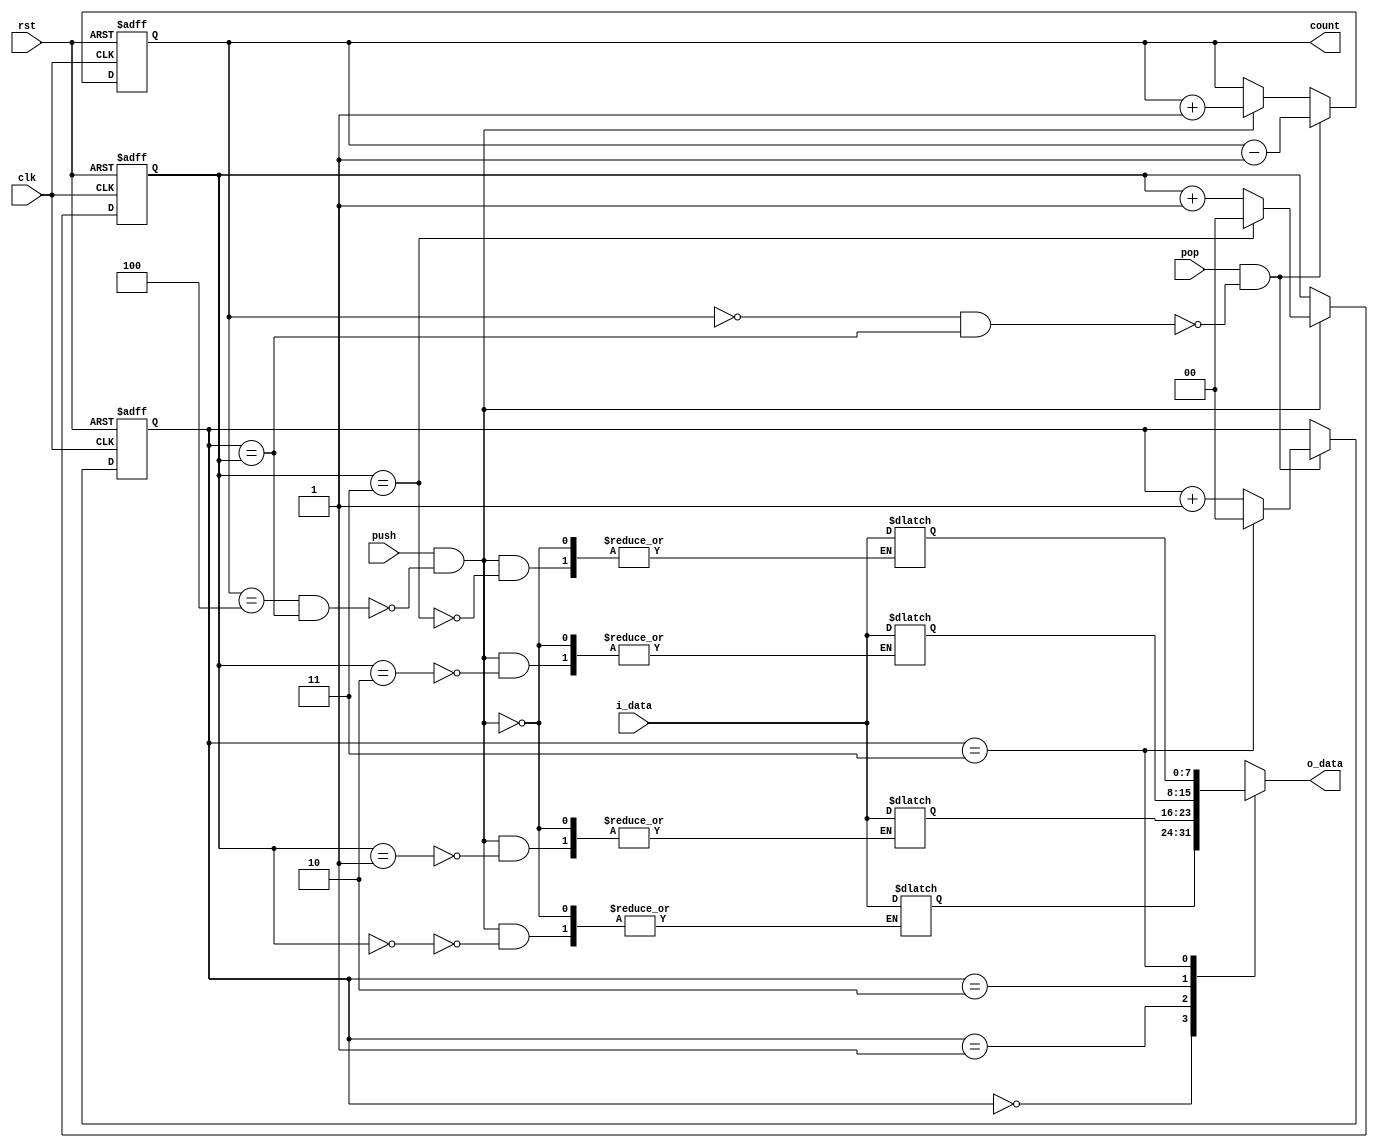
module fifo #(
   parameter DATA_WIDTH = 8,               // Width of input and output data
   parameter ADDR_EXP   = 2                // Width of our address, 
   
)(
   input clk,                           
   input rst,
   input [DATA_WIDTH - 1:0] i_data,    
   input                    push,       // Rx -> FIFO
   input                    pop,        // FIFO -> CTRL
   output  [DATA_WIDTH - 1:0] o_data,  
   output reg [ADDR_EXP:0]     count
   );

   localparam ADDR_DEPTH = 2 ** ADDR_EXP;    // FIFO depth is 2^^ADDR_EXP
   wire empty,full;

   reg   [DATA_WIDTH-1:0]     memory[ADDR_DEPTH-1:0];     // [7:0] [3:0]
   reg   [ADDR_EXP-1:0] 	   write_ptr,read_ptr;         //  [1:0]
   wire  [ADDR_EXP-1:0] 	   next_write_ptr;          // Next location to write to
   wire  [ADDR_EXP-1:0] 	   next_read_ptr;           // Next location to read from
   assign next_write_ptr = (write_ptr == ADDR_DEPTH-1) ? 0  :write_ptr + 1;
   assign next_read_ptr  = (read_ptr  == ADDR_DEPTH-1) ? 0  :read_ptr  + 1;

   wire 		     accept_write;                        // Asserted when we can accept this write (PUSH)
   wire 		     accept_read;                         // Asserted when we can accept this read (POP)
   assign accept_write = push && !full;
   assign accept_read  = pop && !empty;

   assign empty = (count == {ADDR_EXP{1'b0}} && read_ptr == write_ptr);
   assign full  = (count == ADDR_DEPTH && read_ptr == write_ptr);
   
   assign o_data = memory[read_ptr];
   always @(*)begin
   	if(accept_write) memory[write_ptr] <= i_data;  
   end	

   // pointer logic
   always @(posedge clk or posedge rst)begin
      if(rst)begin
         write_ptr <= {ADDR_EXP{1'b0}};
         read_ptr  <= {ADDR_EXP{1'b0}};
         count     <= {ADDR_EXP{1'b0}};
      end else begin
         if (accept_write) begin
            write_ptr <= next_write_ptr;         
            count <= count + 1'b1;   
         end 
         
         if(accept_read) begin
            read_ptr <= next_read_ptr;   
            count <= count - 1;
         end
      end
   end
   
endmodule